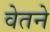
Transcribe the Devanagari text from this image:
वेतने